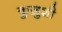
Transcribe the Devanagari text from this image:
कुज़ुशी